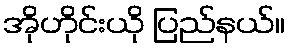
အိုဟိုင်းယို ပြည်နယ်။